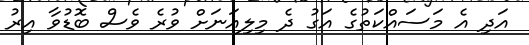
އަދި އެ މަސައްކަތުގެ އަގު ދެ މިލިއަނަށް ވުރެ ވެސް ބޮޑުވާ އިރު